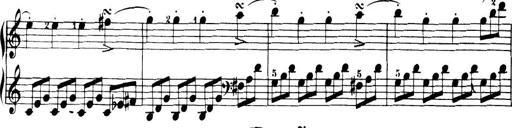
Title: 32 Sonatinas and Rondos for the Piano
Composer: Richard Kleinmichel